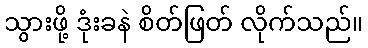
သွားဖို့ ဒုံးခနဲ စိတ်ဖြတ် လိုက်သည်။